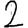
Digit: 2